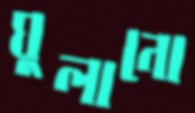
ঘুলানো